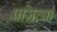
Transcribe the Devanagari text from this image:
प्रजित्यां